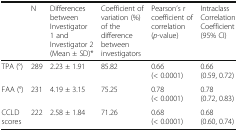
<table><thead><tr><td>[EMPTY_CELL]</td><td><b>N</b></td><td><b>Differences between Investigator 1 and Investigator 2 (Mean ± SD)*</b></td><td><b>Coefficient of variation (%) of the difference between investigators</b></td><td><b>Pearson’s r coefficient of correlation (<i>p</i>-value)</b></td><td><b>Intraclass Correlation Coefficient (95% CI)</b></td></tr></thead><tbody><tr><td>TPA (°)</td><td>289</td><td>2.23 ± 1.91</td><td>85.82</td><td>0.66 (&lt; 0.0001)</td><td>0.66 (0.59, 0.72)</td></tr><tr><td>FAA (°)</td><td>231</td><td>4.19 ± 3.15</td><td>75.25</td><td>0.78 (&lt; 0.0001)</td><td>0.78 (0.72, 0.83)</td></tr><tr><td>CCLD scores</td><td>222</td><td>2.58 ± 1.84</td><td>71.26</td><td>0.68 (&lt; 0.0001)</td><td>0.68 (0.60, 0.74)</td></tr></tbody></table>